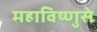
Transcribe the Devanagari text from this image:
महाविष्णुसे